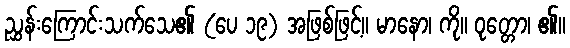
ညွှန်းကြောင်းသက်သေ၏ (ပေ ၁၉) အဖြစ်ဖြင့်။ မာနော၊ ကို။ ဝုတ္တော၊ ၏။